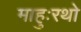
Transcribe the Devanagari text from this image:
माहुःरथो